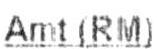
AMT (RM)